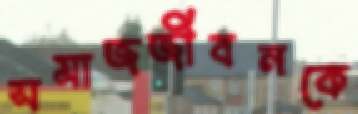
সমাজজীবনকে